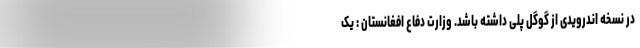
در نسخه اندرویدی از گوگل پلی داشته باشد. وزارت دفاع افغانستان : یک